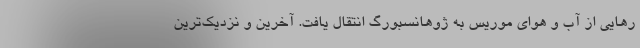
رهایی از آب و هوای موریس به ژوهانسبورگ انتقال یافت. آخرین و نزدیک‌ترین